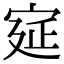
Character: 㝚